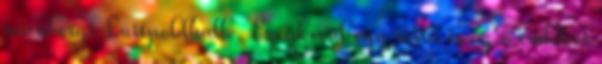
nürnbergi Luitpoldhalle. Ezenkívül egy torta is az ő emlékét